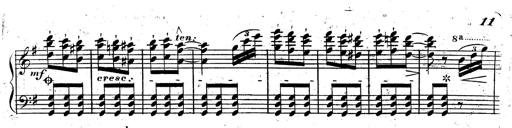
Title: Rondeau fantastique sur un thÃ¨me espagnol
Composer: Franz Liszt